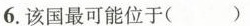
6.该国最可能位于( )